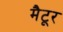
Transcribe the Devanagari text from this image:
मैटूर